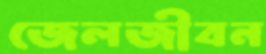
জেলজীবন